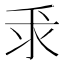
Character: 𫡕